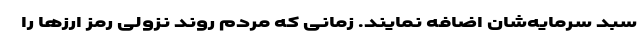
سبد سرمایه‌شان اضافه نمایند. زمانی که مردم روند نزولی رمز ارزها را